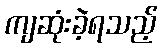
ကျဆုံးခဲ့ရသည့်